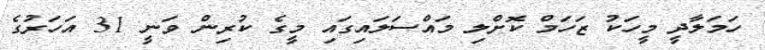
ހަމަލާދީ މީހަކު ޒަހަމް ކޮށްލި މައްސަލައިގައި މީގެ ކުރިން ވަނީ 31 އަހަރުގެ